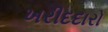
ખરીદદારો